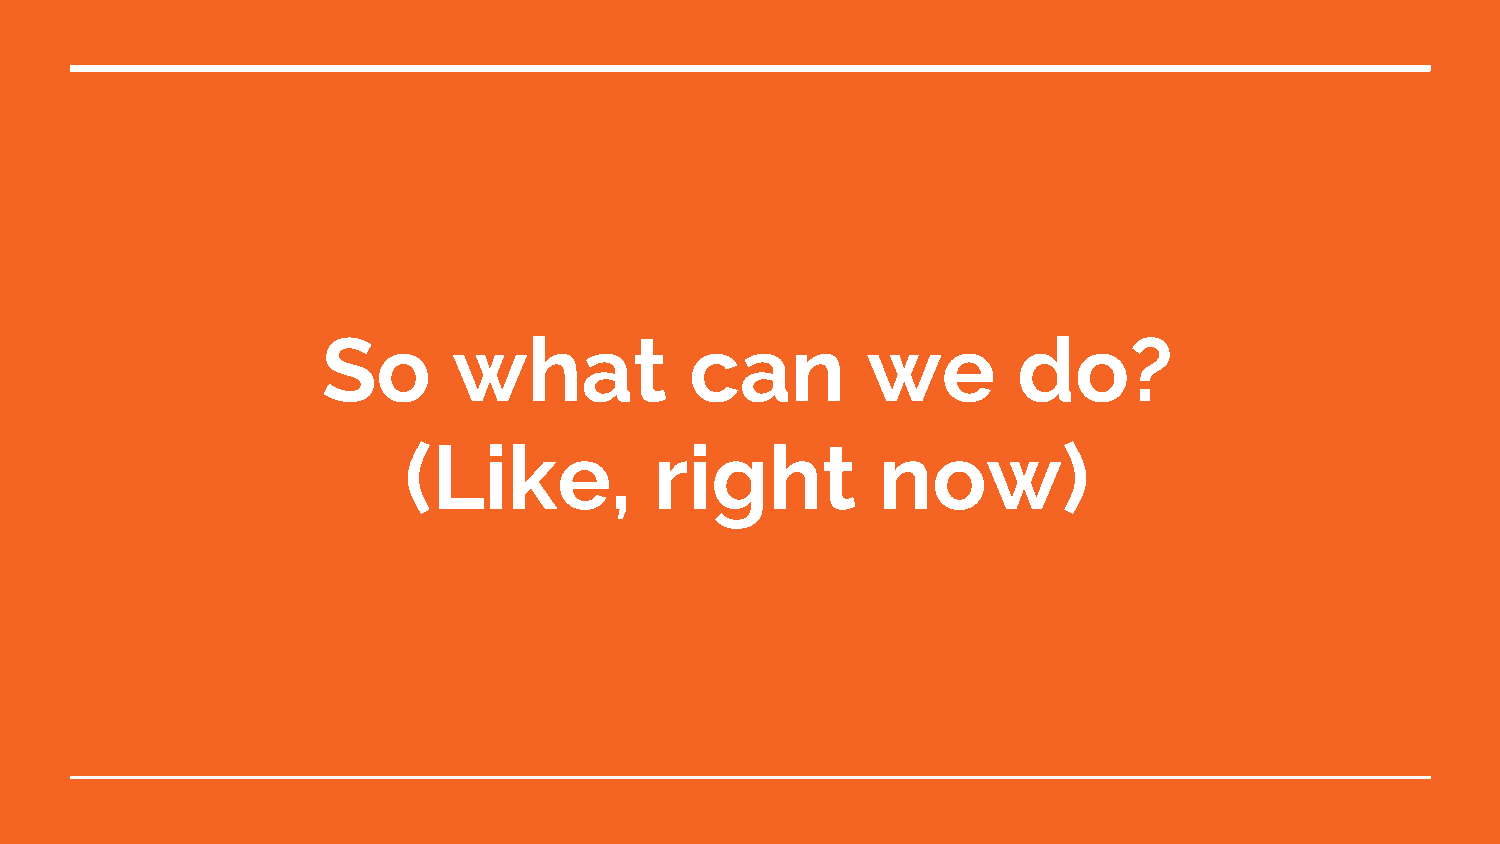
So       what            can        we        do?
 (Like,          right          now)